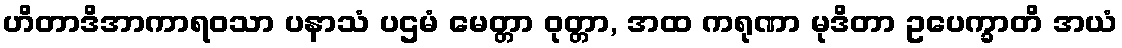
ဟိတာဒိအာကာရဝသာ ပနာသံ ပဌမံ မေတ္တာ ဝုတ္တာ, အထ ကရုဏာ မုဒိတာ ဥပေက္ခာတိ အယံ